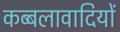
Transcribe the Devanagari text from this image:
कब्बलावादियों